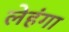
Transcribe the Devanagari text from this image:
लेहंगा